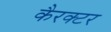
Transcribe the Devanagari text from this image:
कैरक्टर